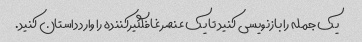
یک جمله را بازنویسی کنید تا یک عنصر غافلگیرکننده را وارد داستان کنید.